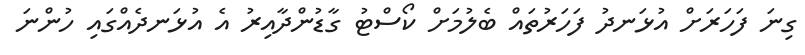
ގިނަ ފަހަރަށް އުޅަނދު ފަހަރުތައް ބެލުމަށް ކޯސްޓު ގާޑުންދާއިރު އެ އުޅަނދެއްގައި ހުންނަ